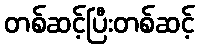
တစ်ဆင့်ပြီးတစ်ဆင့်